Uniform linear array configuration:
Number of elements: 12
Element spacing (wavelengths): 0.25
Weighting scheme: blackman
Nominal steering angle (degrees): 30
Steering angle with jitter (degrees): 28.757
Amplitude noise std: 0.05
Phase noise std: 0.05

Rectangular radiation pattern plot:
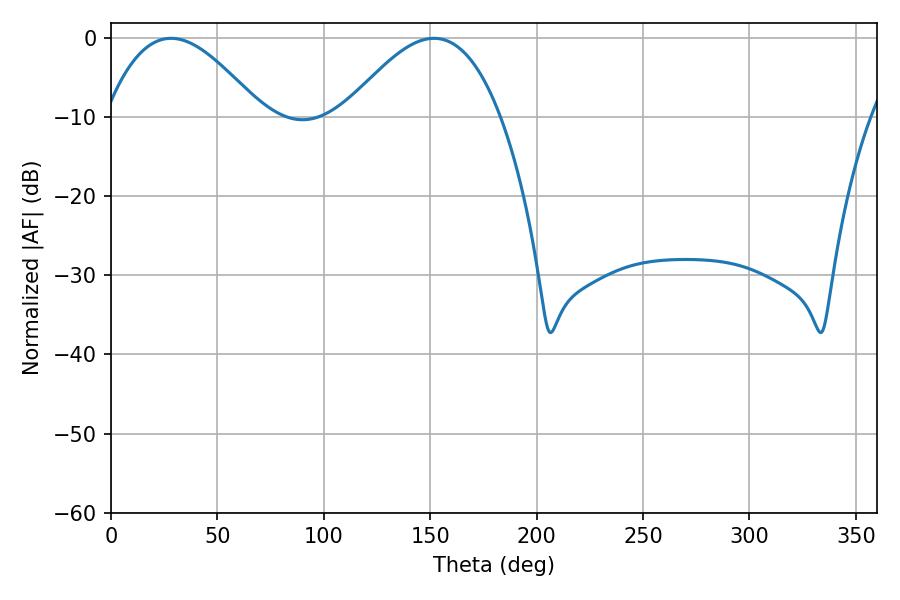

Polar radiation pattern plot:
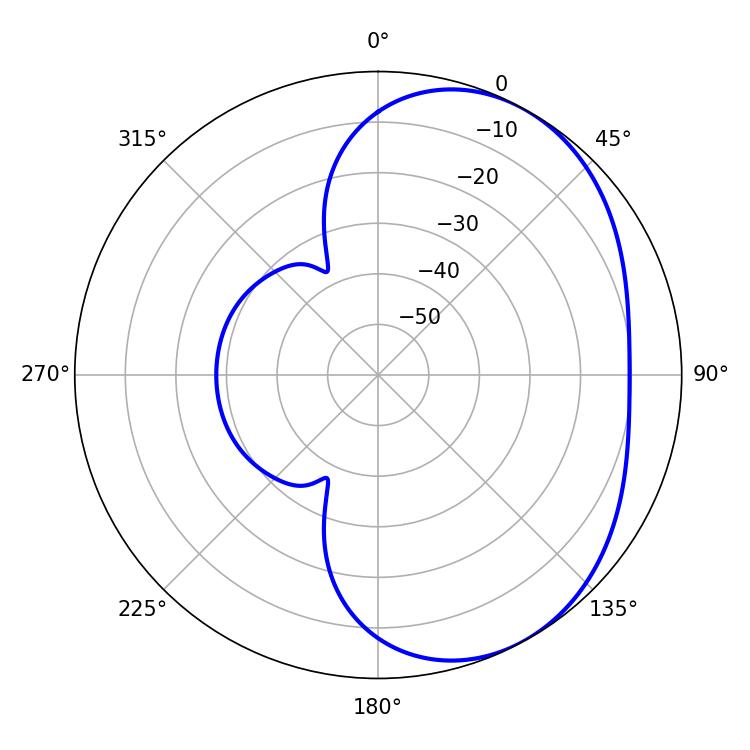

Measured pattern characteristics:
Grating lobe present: FALSE
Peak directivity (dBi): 3.924
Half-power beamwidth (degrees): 39.78
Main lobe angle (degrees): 28.26